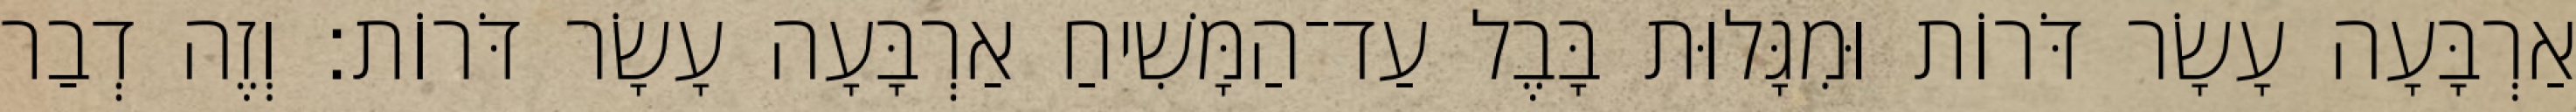
אַרְבָּעָה עָשָׂר דֹּרוֹת וּמִגָּלוּת בָּבֶל עַד־הַמָּשִׁיחַ אַרְבָּעָה עָשָׂר דֹּרוֹת׃ וְזֶה דְבַר